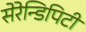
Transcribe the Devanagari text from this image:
सेरेन्डिपिटी